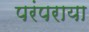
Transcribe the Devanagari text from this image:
परंपराया